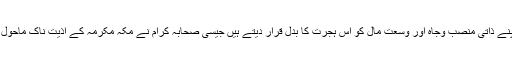
کچھ لوگ اسے ہجرت سے تعبیر کرتے ہیں اور اپنے ذاتی منصب وجاہ اور وسعت مال کو اس ہجرت کا بدل قرار دیتے ہیں جیسی صحابہ کرام نے مکہ مکرمہ کے اذیت ناک ماحول سے سرکارِ دو عالم کی اجازت سے فرمائی تھی۔